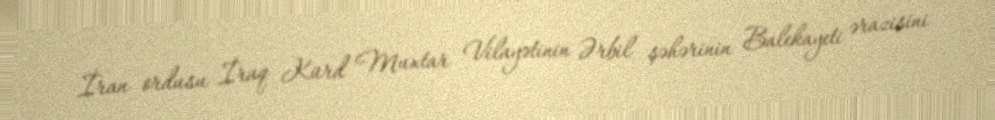
İran ordusu İraq Kürd Muxtar Vilayətinin Ərbil şəhərinin Balekayeti ərazisini